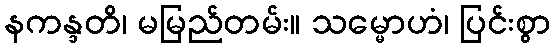
နကန္ဒတိ၊ မမြည်တမ်း။ သမ္မောဟံ၊ ပြင်းစွာ